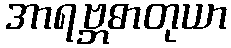
အာရဗ္ဘဓာတုယာ